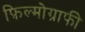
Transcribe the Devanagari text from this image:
फ़िल्मोग्राफी